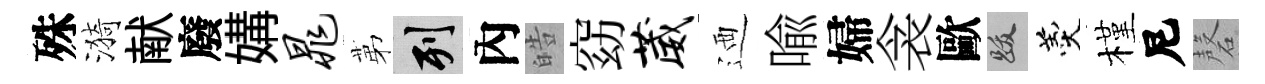
殊漪献廢媾晁苐列內皓窈葳迺喩婦衾歐跋羹槿尼磬